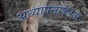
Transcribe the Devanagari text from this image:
अध्यापनाकरता